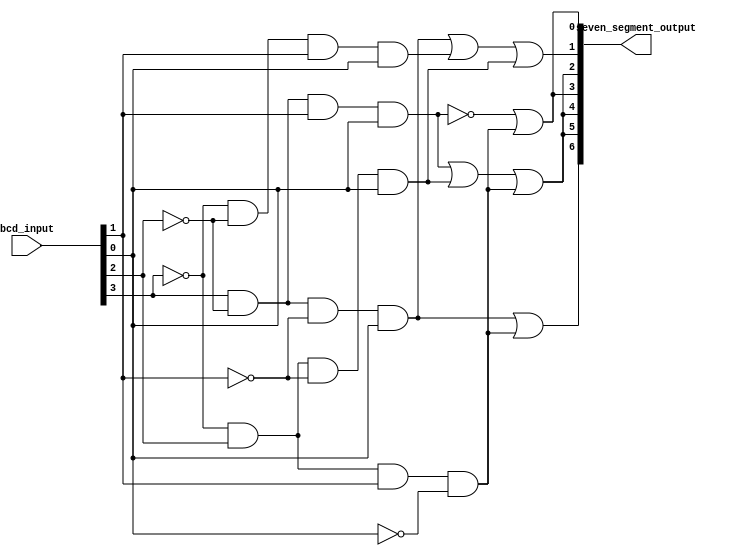
module bcd_decoder(
    input [3:0] bcd_input,
    output [6:0] seven_segment_output
);

// Define a 7-bit output representing the 7-segment display
// a,b,c,d,e,f,g
wire a,b,c,d,e,f,g;

// Implement the BCD to 7-segment decoder logic using combination of AND and OR gates
assign a = ~(bcd_input[3] & ~bcd_input[2] & bcd_input[1] & bcd_input[0]) |
           (~bcd_input[3] & bcd_input[2] & bcd_input[1] & ~bcd_input[0]);

assign b = bcd_input[3] & ~bcd_input[2] & ~bcd_input[1] & bcd_input[0] |
           ~bcd_input[3] & ~bcd_input[2] & bcd_input[1] & bcd_input[0] |
           ~bcd_input[3] & bcd_input[2] & ~bcd_input[1] & bcd_input[0];

assign c = bcd_input[3] & ~bcd_input[2] & bcd_input[1] & bcd_input[0] |
           ~bcd_input[3] & bcd_input[2] & ~bcd_input[1] & bcd_input[0] |
           ~bcd_input[3] & bcd_input[2] & bcd_input[1] & ~bcd_input[0];

assign d = ~(bcd_input[3] & ~bcd_input[2] & bcd_input[1] & bcd_input[0]) |
           (~bcd_input[3] & bcd_input[2] & bcd_input[1] & ~bcd_input[0]);

assign e = bcd_input[3] & ~bcd_input[2] & bcd_input[1] & bcd_input[0] |
           ~bcd_input[3] & bcd_input[2] & ~bcd_input[1] & bcd_input[0] |
           ~bcd_input[3] & bcd_input[2] & bcd_input[1] & ~bcd_input[0];

assign f = bcd_input[3] & ~bcd_input[2] & bcd_input[1] & bcd_input[0] |
           ~bcd_input[3] & bcd_input[2] & ~bcd_input[1] & bcd_input[0] |
           ~bcd_input[3] & bcd_input[2] & bcd_input[1] & ~bcd_input[0];

assign g = bcd_input[3] & ~bcd_input[2] & ~bcd_input[1] & bcd_input[0] |
           ~bcd_input[3] & bcd_input[2] & bcd_input[1] & ~bcd_input[0];

// Assign the 7-segment output
assign seven_segment_output = {g,f,e,d,c,b,a};

endmodule